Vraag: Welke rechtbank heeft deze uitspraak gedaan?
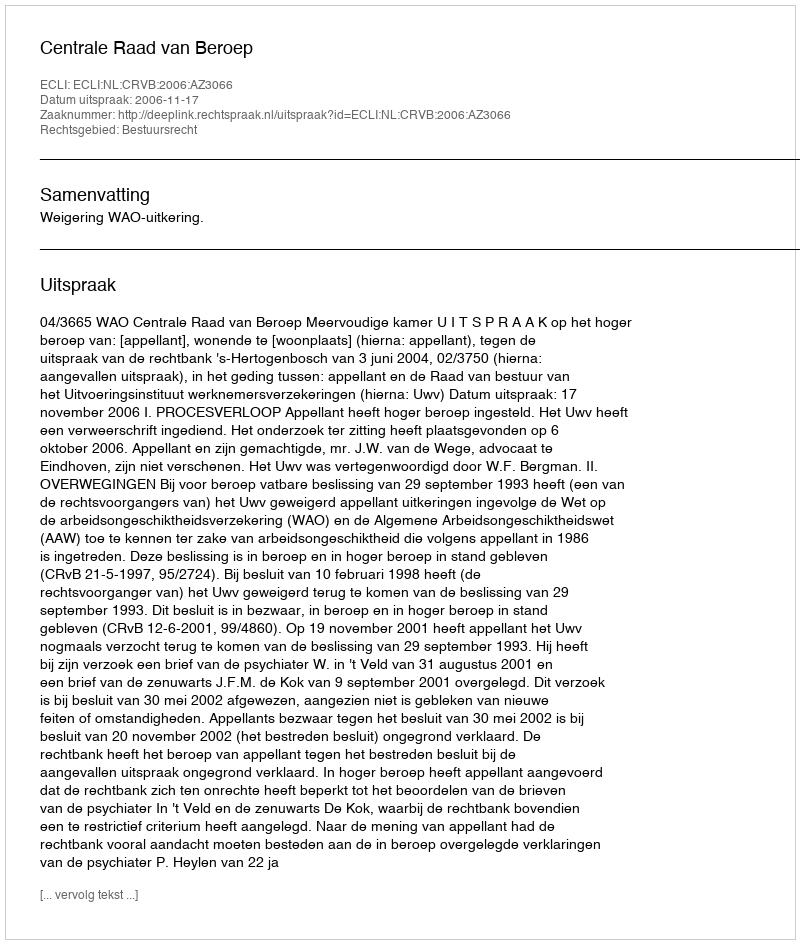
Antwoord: Centrale Raad van Beroep